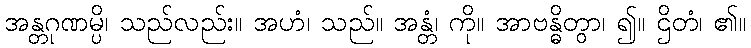
အန္တဂုဏမ္ပိ၊ သည်လည်း။ အဟံ၊ သည်။ အန္တံ၊ ကို။ အာဗန္ဓိတွာ၊ ၍။ ဌိတံ၊ ၏။